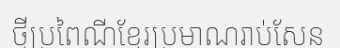
ថ្មីប្រពៃណីខ្មែរប្រមាណរាប់សែន